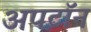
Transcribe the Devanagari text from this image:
अपटॉन